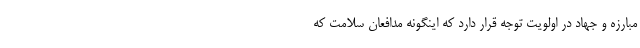
مبارزه و جهاد در اولویت توجه قرار دارد که اینگونه مدافعان سلامت که